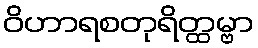
ဝိဟာရစတုရိတ္ထမ္ဗာ